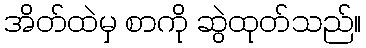
အိတ်ထဲမှ စာကို ဆွဲထုတ်သည်။